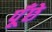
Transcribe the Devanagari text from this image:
पूँछे